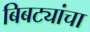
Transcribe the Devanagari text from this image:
बिबट्यांचा